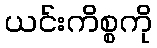
ယင်းကိစ္စကို